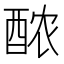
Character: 𬪩